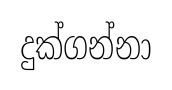
දුක්ගන්නා